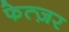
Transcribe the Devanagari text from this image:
फेत्ज़र